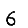
Digit: 6